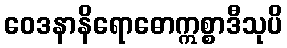
ဝေဒနာနိရောဓောဣစ္စာဒီသုပိ